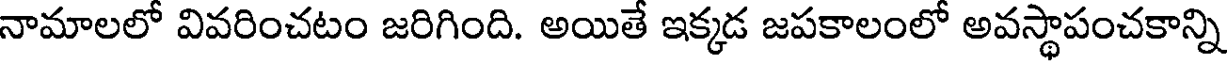
నామాలలో వివరించటం జరిగింది. అయితే ఇక్కడ జపకాలంలో అవస్థాపంచకాన్ని